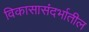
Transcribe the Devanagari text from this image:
विकासासंदर्भातील